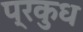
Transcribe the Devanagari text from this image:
प्रकुध